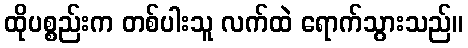
ထိုပစ္စည်းက တစ်ပါးသူ လက်ထဲ ရောက်သွားသည်။